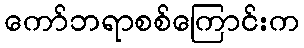
ကော်ဘရာစစ်ကြောင်းက